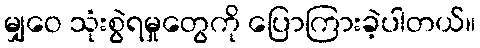
မျှဝေ သုံးစွဲရမှုတွေကို ပြောကြားခဲ့ပါတယ်။